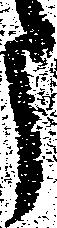
う